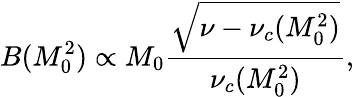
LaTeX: B(M_{0}^{2})\propto M_{0}\frac{\sqrt{\nu-\nu_{c}(M_{0}^{2})}}{\nu_{c}(M_{0}^{2})},